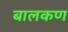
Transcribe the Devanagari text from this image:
बालकण